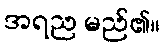
အရည မည်၏။